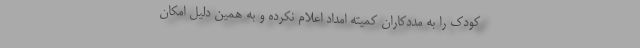
کودک را به مددکاران کمیته امداد اعلام نکرده و به همین دلیل امکان